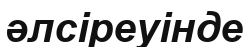
әлсіреуінде